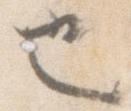
也